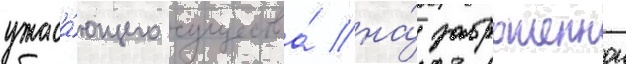
ужаса́ющего существа́ на́ заброшеннои